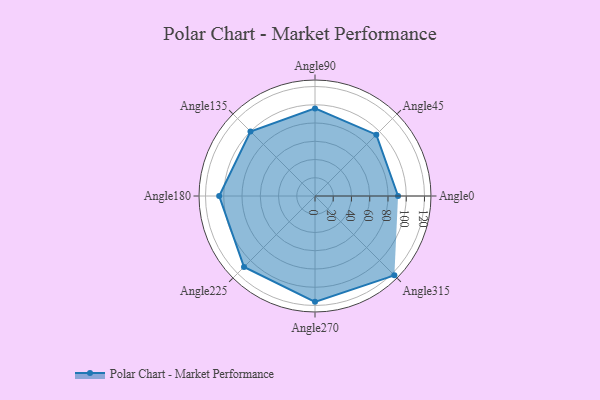
{"axis": {"x": "Angle", "y": "Radius"}, "legend": [""], "data": [{"x": "Angle0", "y": 91.0, "type": ""}, {"x": "Angle45", "y": 95.0, "type": ""}, {"x": "Angle90", "y": 96.0, "type": ""}, {"x": "Angle135", "y": 100.0, "type": ""}, {"x": "Angle180", "y": 105.0, "type": ""}, {"x": "Angle225", "y": 110.0, "type": ""}, {"x": "Angle270", "y": 116.0, "type": ""}, {"x": "Angle315", "y": 123.0, "type": ""}]}